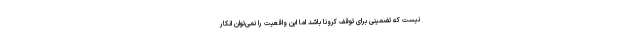
نیست که تضمینی برای توقف کرونا باشد اما این واقعیت را نمی‌توان انکار